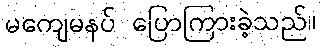
မကျေမနပ် ပြောကြားခဲ့သည်။